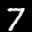
Label: 7